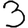
Digit: 3